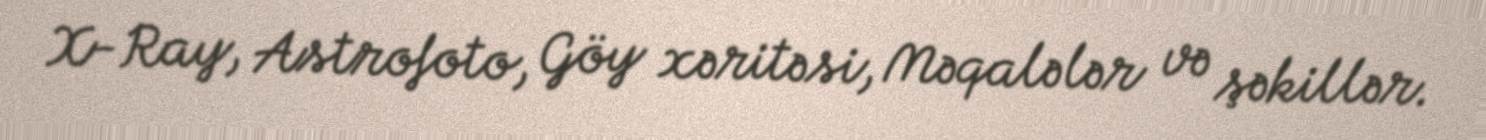
X-Ray, Astrofoto, Göy xəritəsi, Məqalələr və şəkillər.